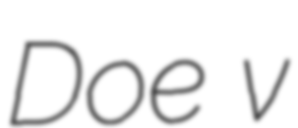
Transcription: Doe v